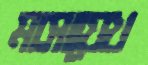
মাসায়েখ